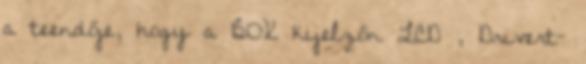
a teendője, hogy a BOX kijelzőn LCD , Drivert-